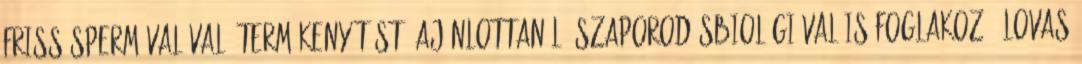
friss spermával való termékenyítést, ajánlottan ló-szaporodásbiológiával is foglakozó „lovas